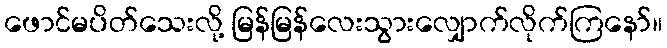
ဖောင်မပိတ်သေးလို့ မြန်မြန်လေးသွားလျှောက်လိုက်ကြနော်။